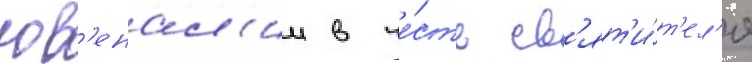
юв'енал'ии в че́сть св'ят'и́т'ел'я